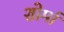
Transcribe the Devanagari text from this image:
शोर्मा